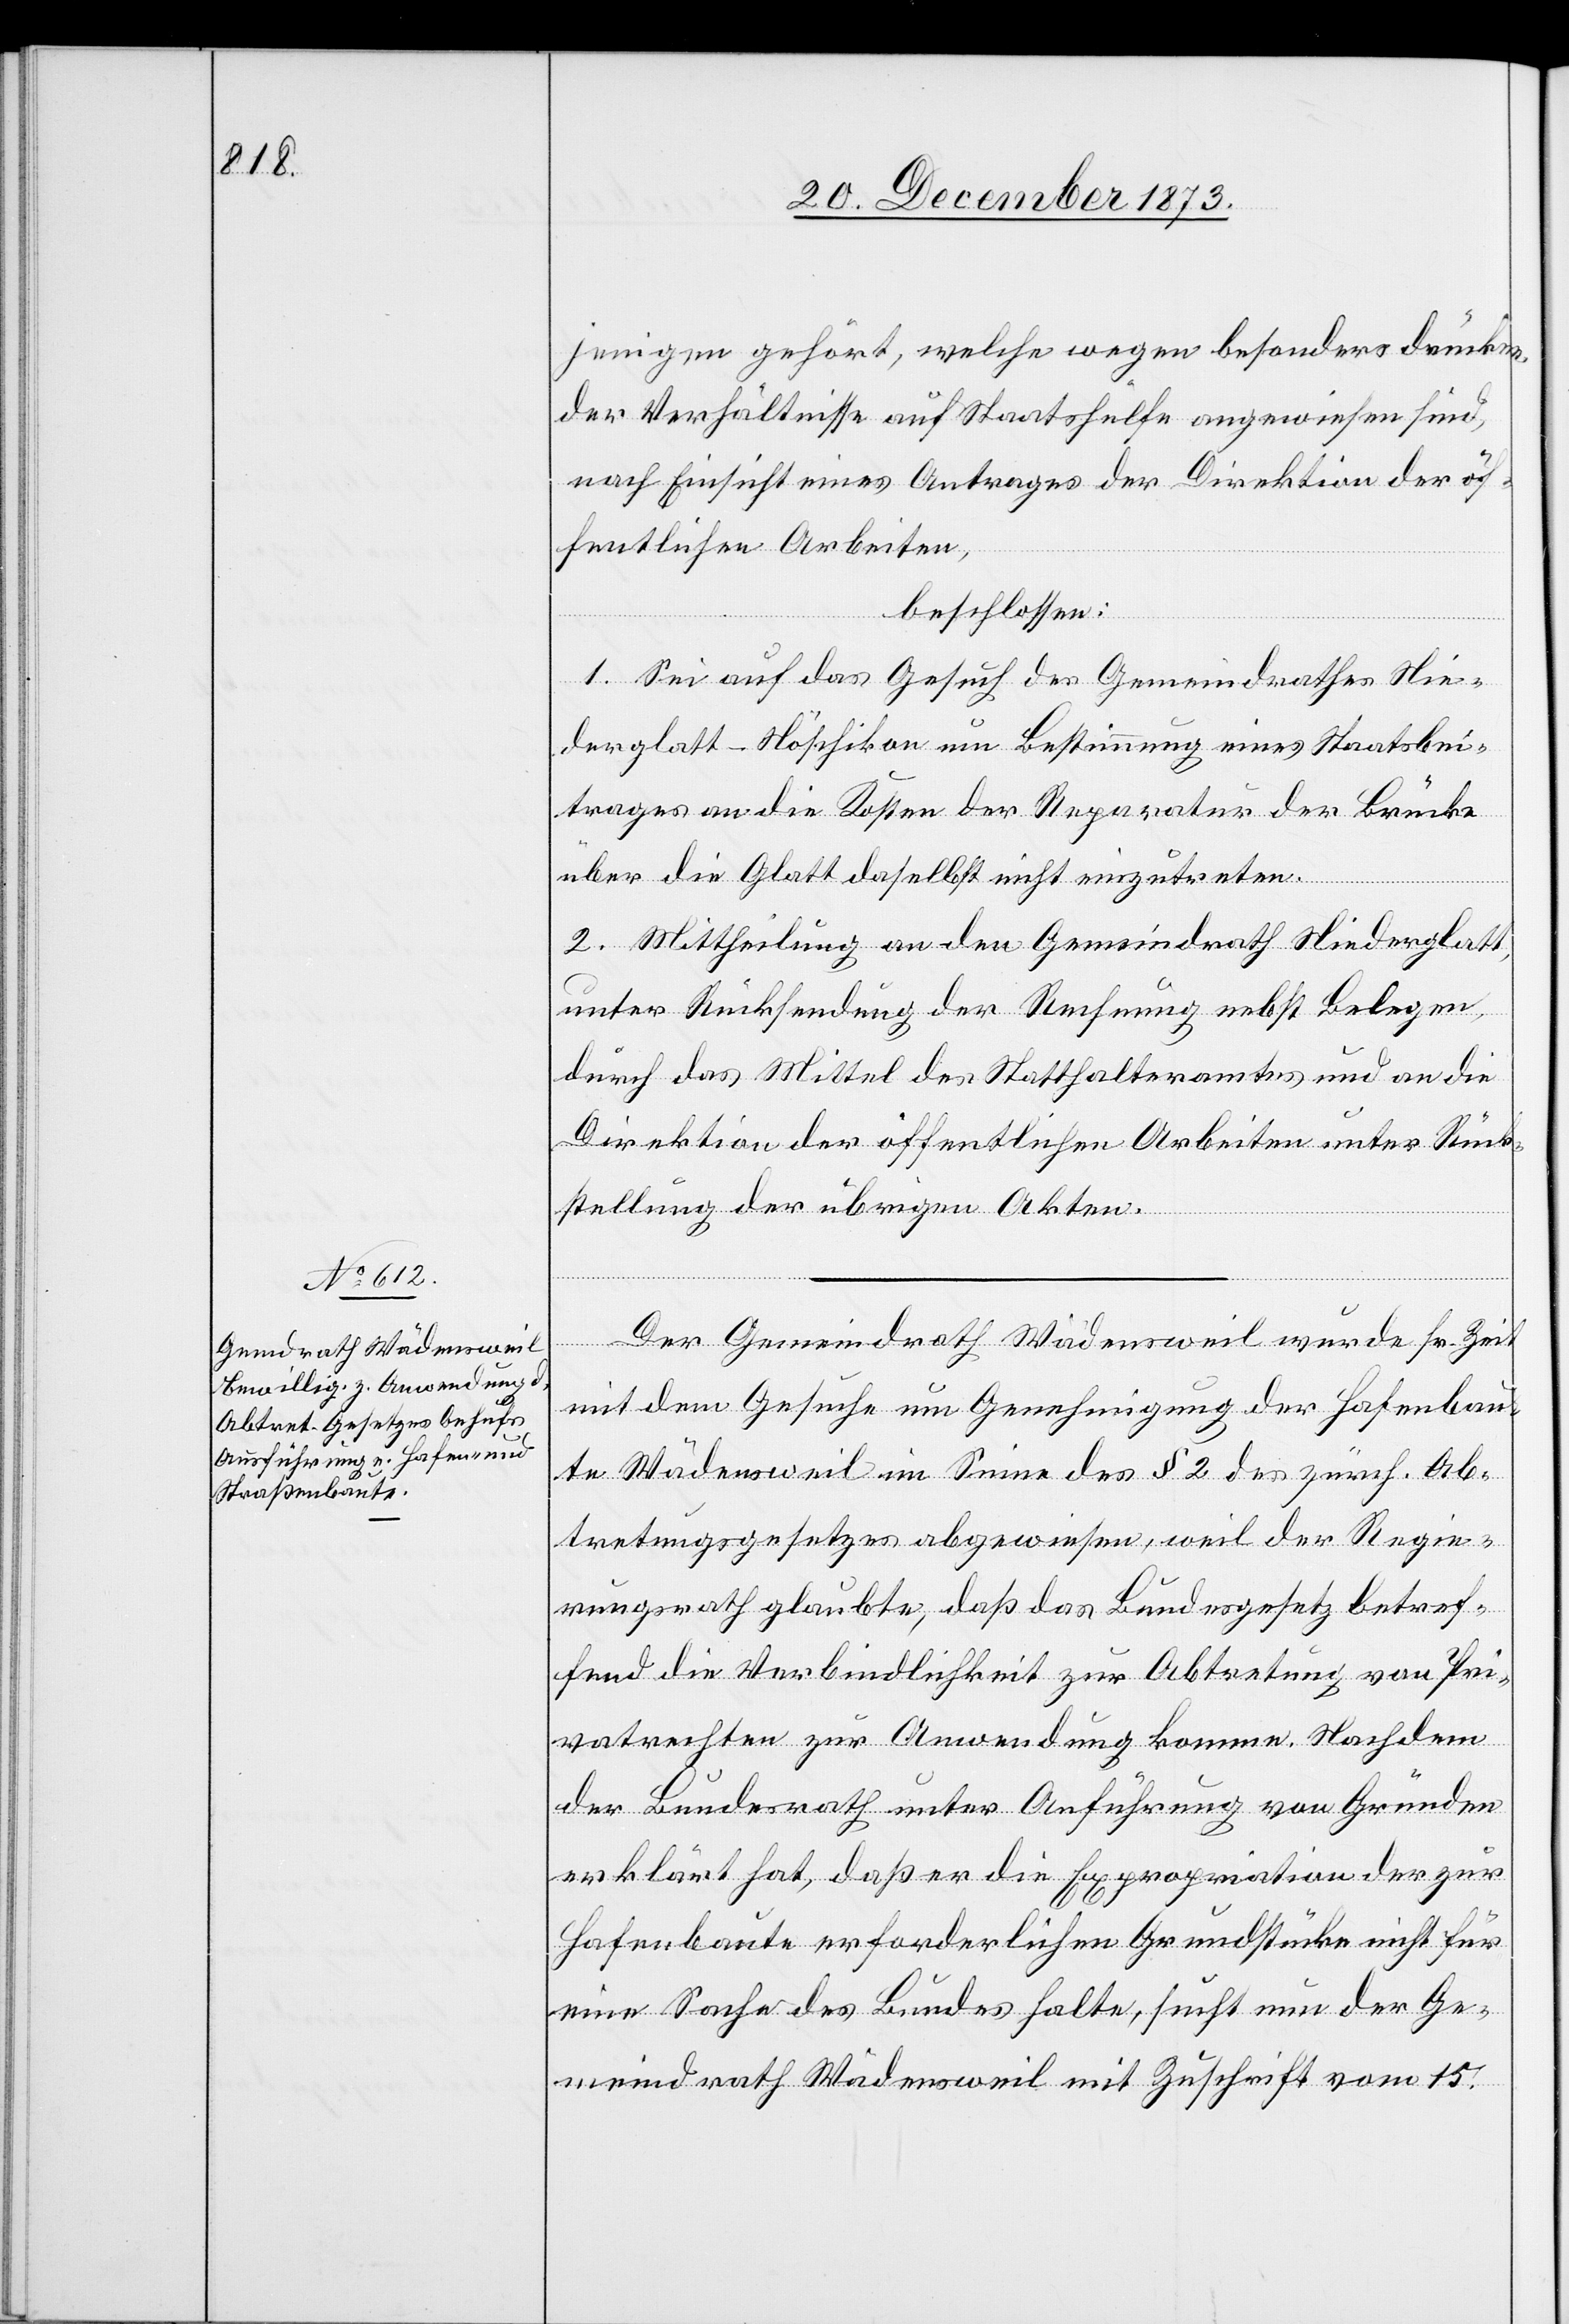
jenigen gehört, welche wegen besonders drücken¬
der Verhältnisse auf Staatshülfe angewiesen sind,
nach Einsicht eines Antrages der Direktion der öf¬
fentlichen Arbeiten,
beschlossen:
1. Sei auf das Gesuch des Gemeindrathes Nie¬
derglatt-Nöschikon um Bestimmung eines Staatsbei¬
trages an die Kosten der Reparatur der Brücke
über die Glatt daselbst nicht einzutreten.
2. Mittheilung an den Gemeindrath Niederglatt,
unter Rücksendung der Rechnung nebst Belegen,
durch das Mittel des Statthalteramtes und an die
Direktion der öffentlichen Arbeiten unter Rück¬
stellung der übrigen Akten.
Der Gemeindrath Wädensweil wurde sr. Zeit
mit dem Gesuche um Genehmigung der Hafenbau¬
te Wädensweil im Sinne des § 2 des zürch. Ab¬
tretungsgesetzes abgewiesen, weil der Regie¬
rungsrath glaubte, daß das Bundesgesetz betref¬
fend die Verbindlichkeit zur Abtretung von Pri¬
vatrechten zur Anwendung komme. Nachdem
der Bundesrath unter Anführung von Gründen
erklärt hat, daß er die Expropriation der zur
Hafenbaute erforderlichen Grundstücke nicht für
eine Sache des Bundes halte, sucht nun der Ge¬
meindrath Wädensweil mit Zuschrift vom 15.